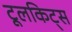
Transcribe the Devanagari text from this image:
टूलकिट्स